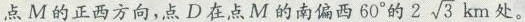
在点M的正西方向，点D在点M的南偏西60°的 2 \sqrt{3}km 处。